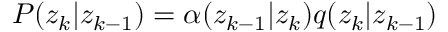
P ( z _ { k } | z _ { k - 1 } ) = \alpha ( z _ { k - 1 } | z _ { k } ) q ( z _ { k } | z _ { k - 1 } )